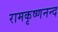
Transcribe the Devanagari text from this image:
रामकृष्णनन्द